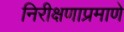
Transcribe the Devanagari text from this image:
निरीक्षणाप्रमाणे